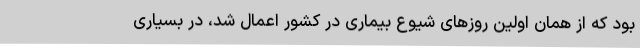
بود که از همان اولین روزهای شیوع بیماری در کشور اعمال شد، در بسیاری